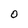
Character: O